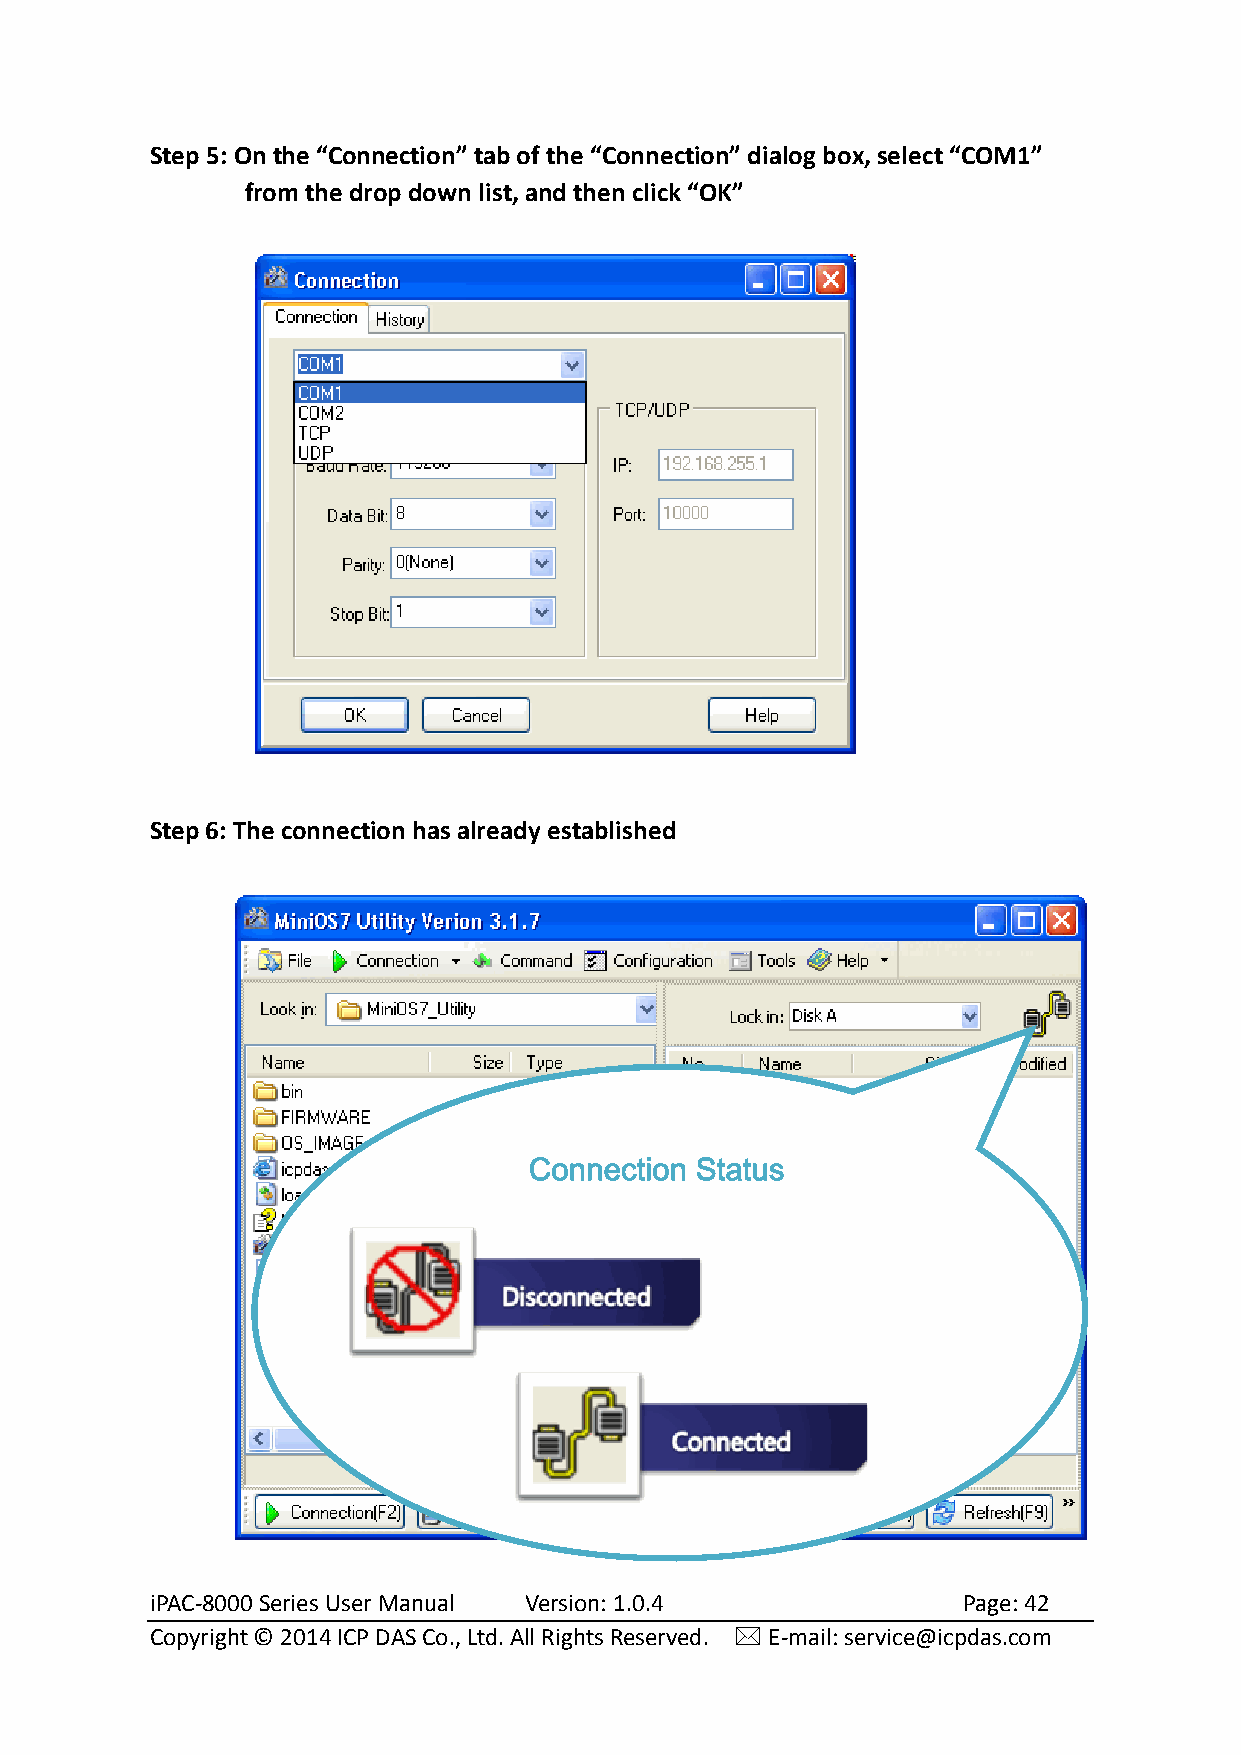
Step 5: On the “Connection” tab of the “Connection” dialog box, select “COM1”
 from the drop down list, and then click “OK”
 Step 6: The connection has already established
 Connection Status
 iPAC-8000 Series User Manual Version: 1.0.4           Page: 42
 Copyright © 2014 ICP DAS Co., Ltd. All Rights Reserved.  E-mail: service@icpdas.com